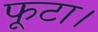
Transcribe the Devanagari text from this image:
फूटा।